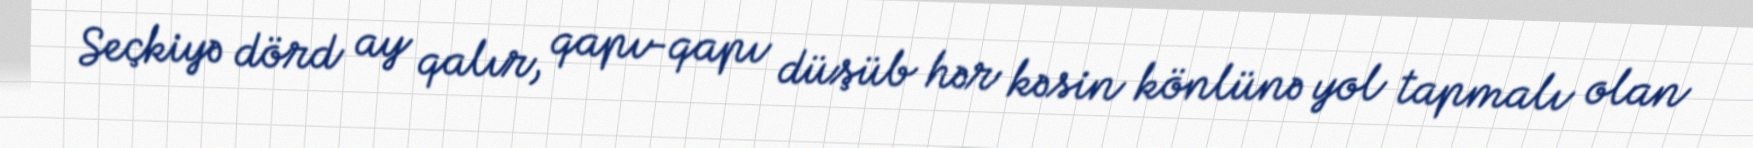
Seçkiyə dörd ay qalır, qapı-qapı düşüb hər kəsin könlünə yol tapmalı olan